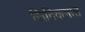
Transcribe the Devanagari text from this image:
सिक्किमात